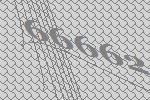
66662